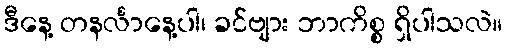
ဒီနေ့ တနင်္လာနေ့ပါ၊ ခင်ဗျား ဘာကိစ္စ ရှိပါသလဲ။